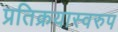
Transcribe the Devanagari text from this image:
प्रतिक्रयास्वरुप